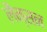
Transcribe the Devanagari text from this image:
लैन्सन